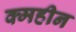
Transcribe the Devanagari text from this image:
क्महीन